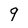
Character: 9